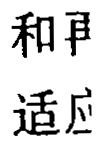
和 再

适应